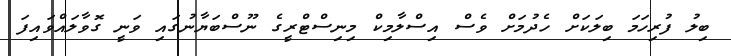
ބިލު ފުރިހަމަ ބިލަކަށް ހެދުމަށް ވެސް އިސްލާމިކް މިނިސްޓްރީގެ ނޫސްބަޔާނުގައި ވަނީ ގޮވާލައްވައިފަ